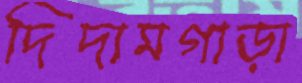
দিদামগাড়া